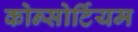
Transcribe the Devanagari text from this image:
कोन्सोर्टियम